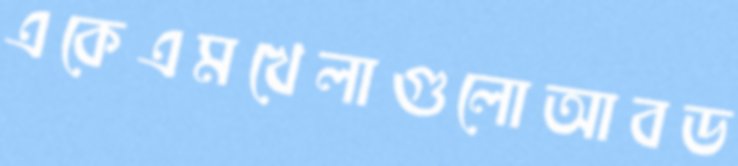
একেএমখেলাগুলোআবড